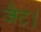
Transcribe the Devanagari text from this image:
जैट।